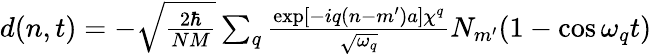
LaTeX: \begin{array}{r}{d(n,t)=-\sqrt{\frac{2\hbar}{NM}}\sum_{q}\frac{\exp[-iq(n-m^{\prime})a]\chi^{q}}{\sqrt{\omega_{q}}}N_{m^{\prime}}(1-\cos{\omega_{q}t})}\end{array}